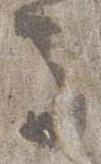
寺